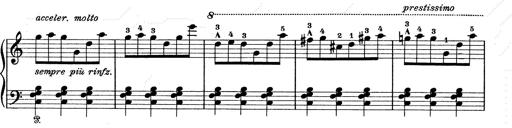
Title: 6 Polish Songs
Composer: Franz Liszt